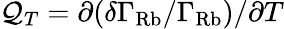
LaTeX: \mathcal{Q}_{T}=\partial(\delta\Gamma_{\mathrm{Rb}}/\Gamma_{\mathrm{Rb}})/{\partial T}